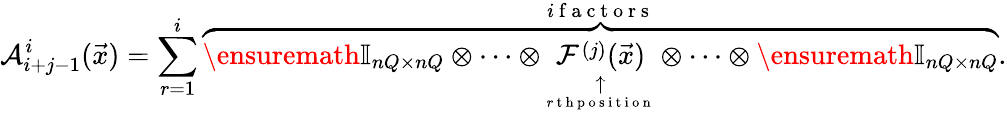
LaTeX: \mathcal A_{i+j-1}^{i}(\vec{x})=\sum_{r=1}^{i}\overset{i\mathrm{~f~a~c~t~o~r~s~}}{\overbrace{\ensuremath{\mathbb{I}_{nQ\times nQ}}\otimes\cdots\otimes\underset{\underset{r\mathrm{~t~h~p~o~s~i~t~i~o~n~}}{\uparrow}}{\mathcal F^{(j)}(\vec{x})}\otimes\cdots\otimes\ensuremath{\mathbb{I}_{nQ\times nQ}}}}.